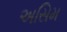
અસિમ